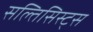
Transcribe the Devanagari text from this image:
सल्तिसिस्ट्स